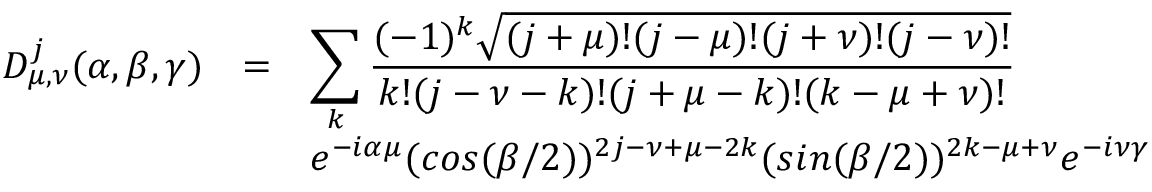
\begin{array} { r c l } { { D _ { \mu , \nu } ^ { j } ( \alpha , \beta , \gamma ) } } & { { = } } & { { \displaystyle \sum _ { k } \frac { ( - 1 ) ^ { k } \sqrt { ( j + \mu ) ! ( j - \mu ) ! ( j + \nu ) ! ( j - \nu ) ! } } { k ! ( j - \nu - k ) ! ( j + \mu - k ) ! ( k - \mu + \nu ) ! } \nonumber } } \\ { { } } & { { } } & { { \displaystyle e ^ { - i \alpha \mu } ( c o s ( \beta / 2 ) ) ^ { 2 j - \nu + \mu - 2 k } ( s i n ( \beta / 2 ) ) ^ { 2 k - \mu + \nu } e ^ { - i \nu \gamma } } } \end{array}